Indian journal of veterinary science and animal husbandry - Volumes 18-21, 1948-1951
Year: 1948
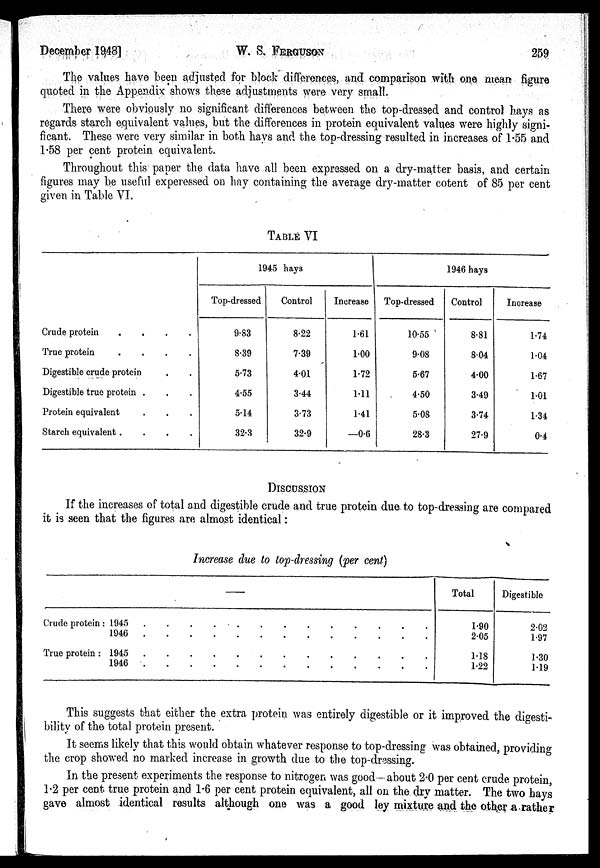
December 1948]
W. S.
FERGUSON
259
The values have been adjusted for block differences, and comparison with one mean figure
quoted in the Appendix shows these adjustments were very small.
There were obviously no significant differences between the top-dressed and control hays as
regards starch equivalent values, but the differences in protein equivalent values were highly signi-
ficant. These were very similar in both hays and the top-dressing resulted in increases of 1.55 and
1.58 per cent protein equivalent.
Throughout this paper the data have all been expressed on a dry-matter basis, and certain
figures may be useful experessed on hay containing the average dry-matter cotent of 85 per cent
given in Table VI.
TABLE VI
Crude protein . . . .
True protein
.
.
.
.
Digestible crude protein . .
Digestible true prot ei n. . . . .
Protein equivalent. . . .
Starch equivalent . . . .
1945 hays
Top-dressed
9.83
8.39
5.73
4.55
5.14
32.3
Control
8.22
7.39
4.01
3.44
3.73
32.9
Increase
1.61
1.00
1.72
1.11
1.41
—0.6
1946 hays
Top-dressed
10.55
9.08
5.67
4.50
5.08
28.3
Control
8.81
8.04
4.00
3.49
3.74
27.9
Increase
1.74
1.04
1.67
1.01
1.34
0.4
DISCUSSION
If the increases of total and digestible crude and true protein due to top-dressing are compared
it is seen that the figures are almost identical :
Increase due to top-dressing (per cent)
—
Crude protein : 1945 . . . . . . . . . . . . . .
1946. . . . . . . . . . . . . .
True protein : 1945. . . . . . . . . . . . . .
1946. . . . . . . . . . . . . .
Total
1.90
2.05
1.18
1.22
Digestible
2.02
1.97
1.30
1.19
This suggests that either the extra protein was entirely digestible or it improved the digesti-
bility of the total protein present.
It seems likely that this would obtain whatever response to top-dressing was obtained, providing
the crop showed no marked increase in growth due to the top-dressing.
In the present experiments the response to nitrogen was good—about 2.0 per cent crude protein,
1.2 per cent true protein and 1.6 per cent protein equivalent, all on the dry matter. The two hays
gave almost identical results although one was a good ley mixture and the other a rather